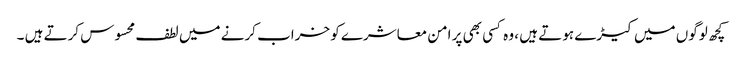
کچھ لوگوں میں کیڑے ہوتے ہیں ، وہ کسی بھی پر امن معاشرے کو خراب کرنے میں لطف محسوس کرتے ہیں ۔